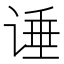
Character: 𰵶